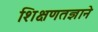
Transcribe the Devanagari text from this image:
शिक्षणतज्ञाने